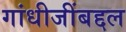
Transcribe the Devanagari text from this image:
गांधीजींबद्दल